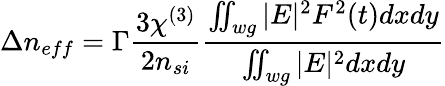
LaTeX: \Delta n_{eff}=\Gamma\frac{3\chi^{(3)}}{2n_{si}}\frac{\iint_{wg}|E|^{2}F^{2}(t)dxdy}{\iint_{wg}|E|^{2}dxdy}